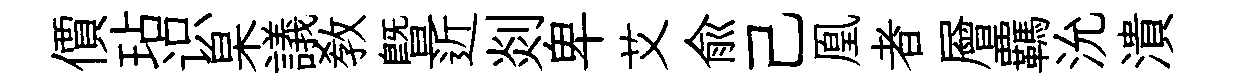
價玷识杲議教暨近剡卑艾俞己凰者層覊沇潰